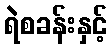
ရဲစခန်းနှင့်